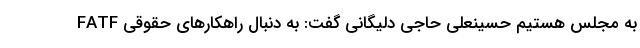
FATF‌ به مجلس هستیم حسینعلی حاجی دلیگانی گفت: به دنبال راهکارهای حقوقی